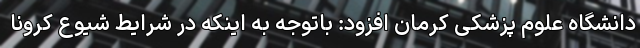
دانشگاه علوم پزشکی کرمان افزود: باتوجه به اینکه در شرایط شیوع کرونا